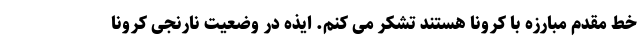
خط مقدم مبارزه با کرونا هستند تشکر می کنم. ایذه در وضعیت نارنجی کرونا